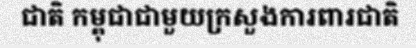
ជាតិ កម្ពុជាជាមួយក្រសួងការពារជាតិ